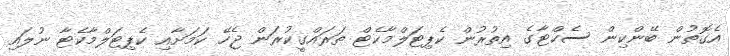
އެގޮތުން ބޭންކިން ސެކްޓާގެ އިތުރުން ކެޕިޓަލްމާކެޓް ތަރައްގީކުރަން ޖެހޭ ކަމަށާއި ކެޕިޓަލްމާކެޓާ ނުލައި